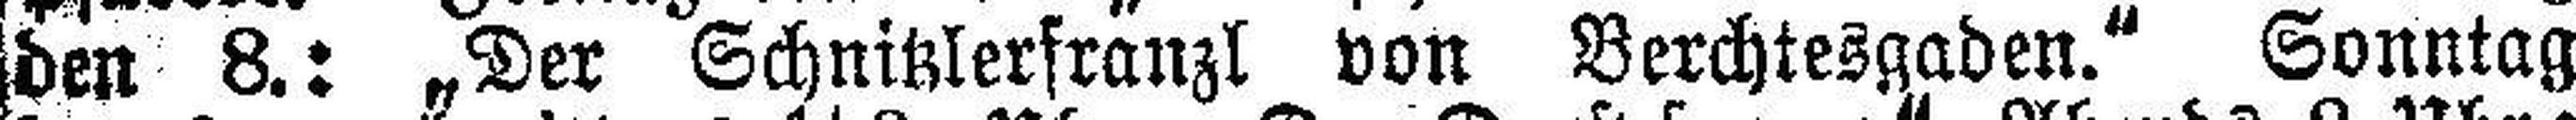
den 8.: „Der Schnitzlerfranzl von Berchtesgaden.“ Sonntag